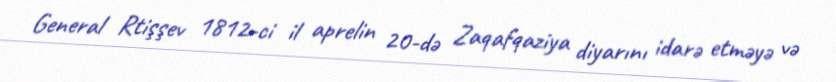
General Rtişşev 1812-ci il aprelin 20-də Zaqafqaziya diyarını idarə etməyə və